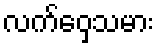
လက်ဝှေ့သမား